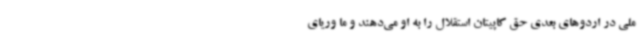
ملی در اردوهای بعدی حق کاپیتان استقلال را به او می‌دهند و ما وریای